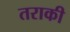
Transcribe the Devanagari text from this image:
तराकी